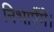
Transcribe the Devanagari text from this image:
निभाएँगे।